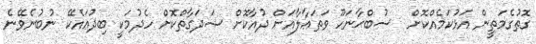
ގޮތުގެމަތީން އަޅުކަމެއްކޮށް  ސުބްޙާނަހޫ ވަތަޢާލާއަށް ދުއާކޮށް ޞަދަގާތްކޮށް ހެދުމަކީ ބިދުޢައެކޭ ނުބުނެވޭނެ